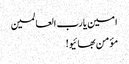
امین یارب العالمین
مؤمن بھائیو!